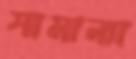
সামান্যা